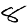
Digit: 8